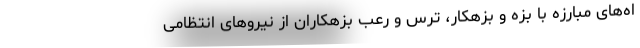
اه‌های مبارزه با بزه و بزهکار، ترس و رعب بزهکاران از نیرو‌های انتظامی